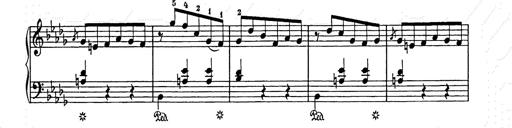
Title: Weihnachtsbaum
Composer: Franz Liszt